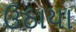
ઉઠાયા